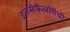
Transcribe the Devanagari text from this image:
इनसेफैलोपैथी